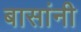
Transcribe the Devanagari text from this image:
बासांनी